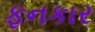
ફનકાર